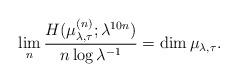
LaTeX: \begin{align*}\lim_n\frac{H(\mu_{\lambda,\tau}^{(n)};\lambda^{10n})}{n\log\lambda^{-1}}=\dim\mu_{\lambda,\tau}.\end{align*}